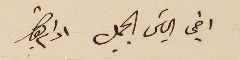
اخي الياسَ الجميل ادام بقاك